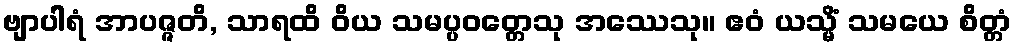
ဗျာပါရံ အာပဇ္ဇတိ, သာရထိ ဝိယ သမပ္ပဝတ္တေသု အဿေသု။ ဧဝံ ယသ္မိံ သမယေ စိတ္တံ